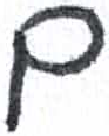
אות: ם